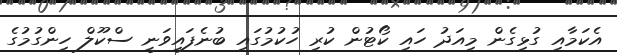
އެކަމާއި ގުޅިގެން މިއަދު ހައި ކޯޓުން ކުރި ހުކުމުގައި ބުނެފައިވަނީ ސްކޫލް ހިންގުމުގެ